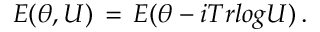
E ( \theta , U ) \, = \, E ( \theta - i T r l o g U ) \, .